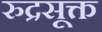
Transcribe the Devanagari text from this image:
रुद्रसूक्त